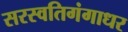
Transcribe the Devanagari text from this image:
सरस्वतिगंगाधर